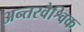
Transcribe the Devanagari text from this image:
अन्तरवैश्विक